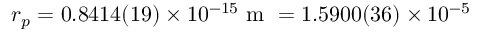
r _ { p } = 0 . 8 4 1 4 ( 1 9 ) \times 1 0 ^ { - 1 5 } \mathrm { ~ m ~ } = 1 . 5 9 0 0 ( 3 6 ) \times 1 0 ^ { - 5 }